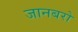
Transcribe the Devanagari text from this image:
जानबरो